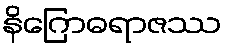
နိဂြောဓရာဇဿ